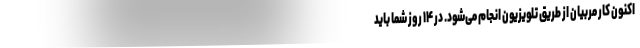
اکنون کار مربیان از طریق تلویزیون انجام می‌شود. در ۱۴ روز شما باید